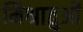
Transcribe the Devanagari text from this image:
मिश्रातुओं